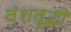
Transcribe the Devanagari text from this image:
वंशवृद्धी